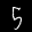
Label: 5